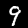
Label: 9